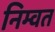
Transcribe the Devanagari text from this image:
निम्वत